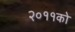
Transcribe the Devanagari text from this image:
२०११को